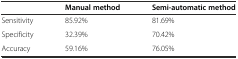
|  | Manual method | Semi-automatic method |
 | --- | --- | --- |
 | Sensitivity | 85.92% | 81.69% |
 | Specificity | 32.39% | 70.42% |
 | Accuracy | 59.16% | 76.05% |